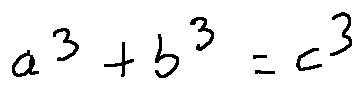
a ^ { 3 } + b ^ { 3 } = c ^ { 3 }